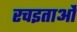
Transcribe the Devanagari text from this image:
रचइताओं